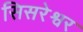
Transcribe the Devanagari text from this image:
सिसरेश्वर